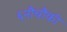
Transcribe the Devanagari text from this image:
६नौचौकी